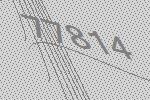
77814